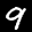
Label: 9